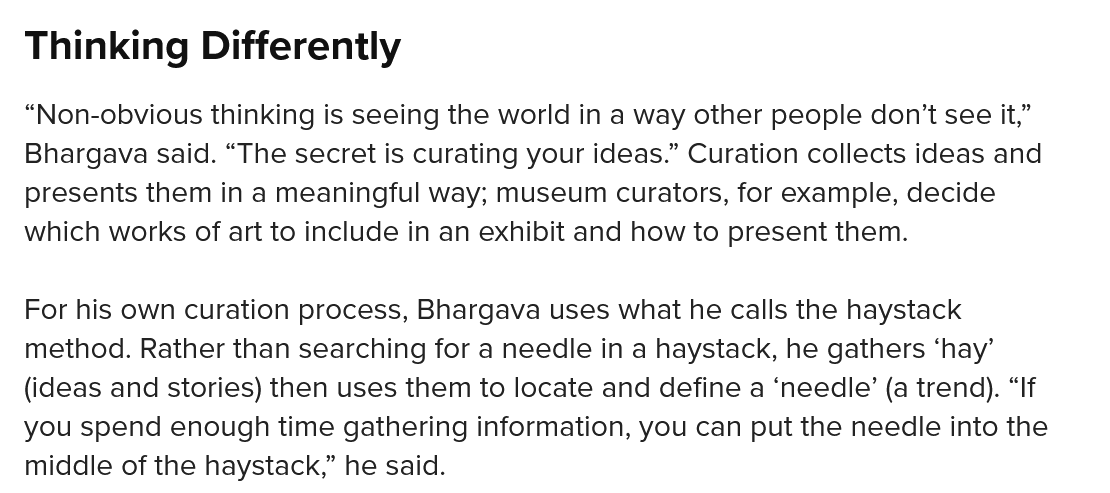
Thinking    Differently
  “Non-obvious thinking is seeing the world in a way other people don't see it,”
  Bhargava said. “The secret is curating your ideas.” Curation collects ideas and
  presents them in a meaningful way; museum curators, for example, decide
  which works of art to include in an exhibit and how to present them.
  For his own curation process, Bhargava uses what he calls the haystack
  method. Rather than searching for a needle in a haystack, he gathers ‘hay’
  (ideas and stories) then uses them to locate and define a ‘needle’ (a trend). “If
  you spend enough time gathering information, you can put the needle into the
  middle of the haystack,” he said.